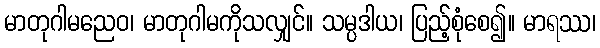
မာတုဂါမညေဝ၊ မာတုဂါမကိုသလျှင်။ သမ္ပဒါယ၊ ပြည့်စုံစေ၍။ မာရဿ၊